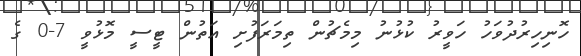
ހޮނިހިރުދުވަހު ހަވީރު ކުޅުނު މިމެޗުން ތިމަރަފުށި އަތުން ޓީސީ މޮޅުވީ 7-0 ގެ